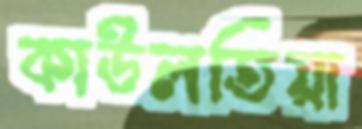
কাউলতিয়া